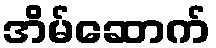
အိမ်ဆောက်